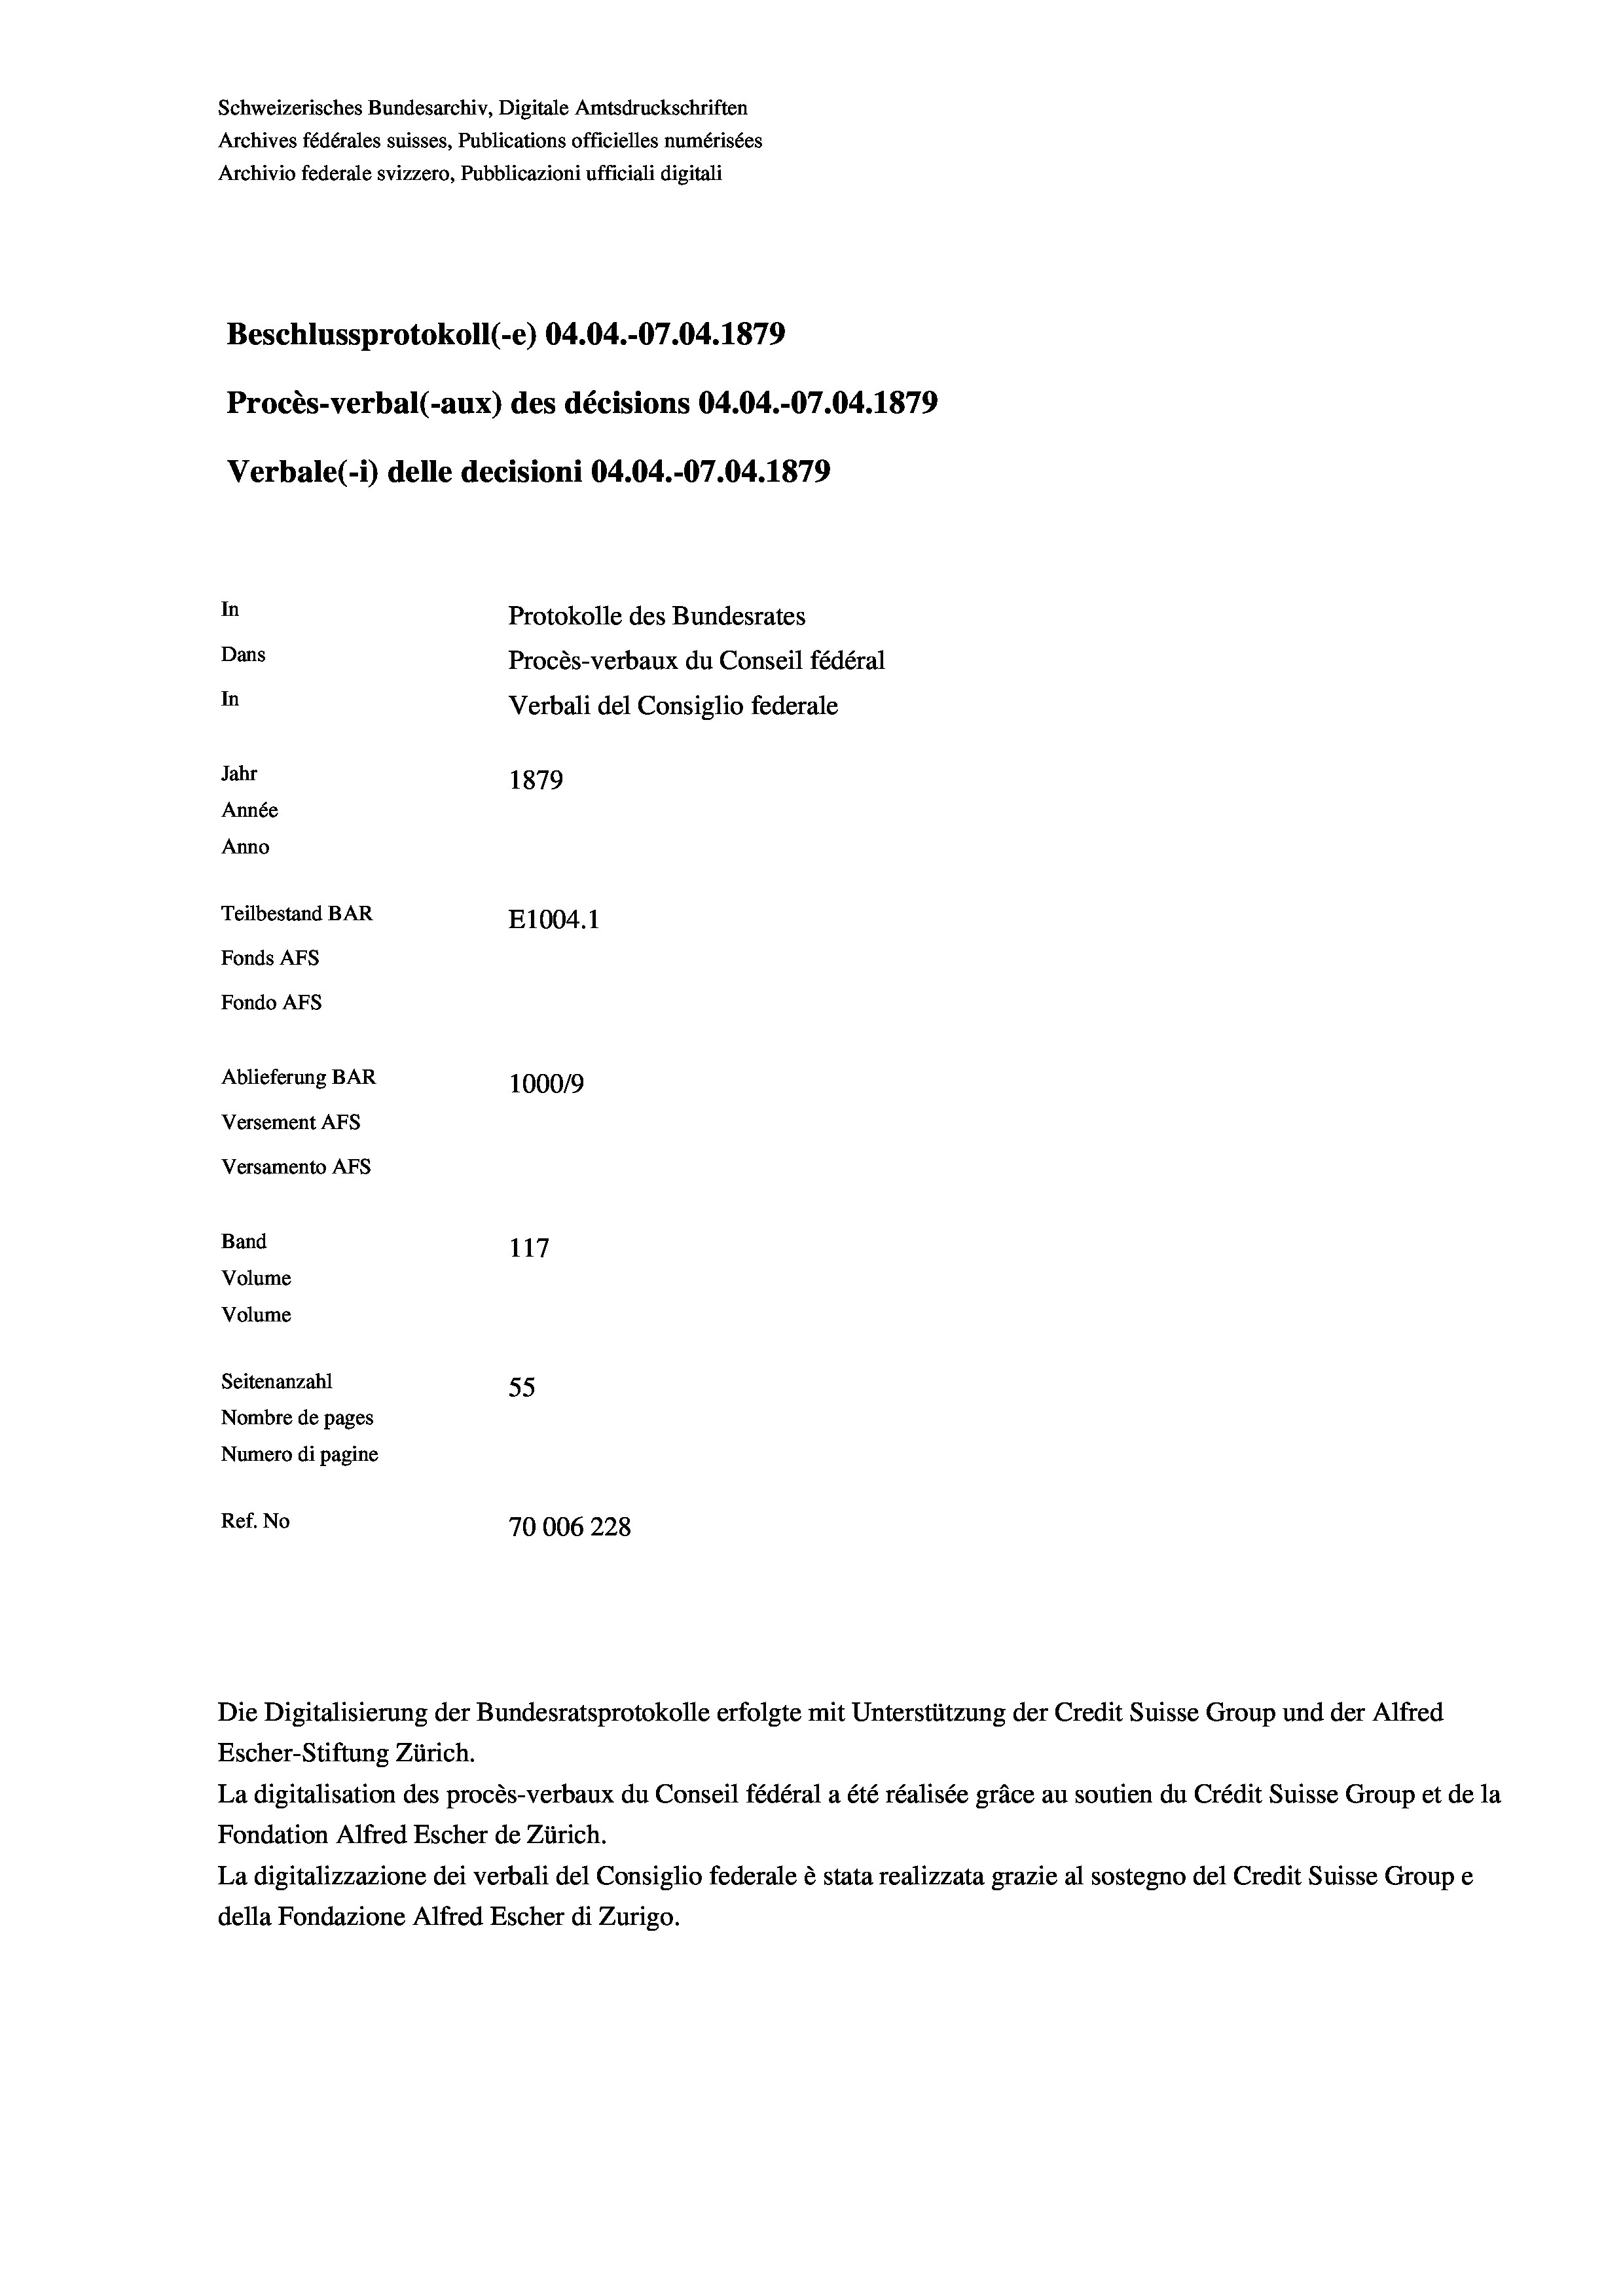
Schweizerisches Bundesarchiv, Digitale Amtsdruckschriften
Archives fédérales suisses, Publications officielles numérisées
Archivio federale svizzero, Pubblicazioni ufficiali digitali
Beschlussprotokoll (-e) 04.04.-07.04. 1879
Procès-verbal (-aux) des décisions 04.04.-07.04. 1879
Verbale(-*) delle decisioni 04.04.-07.04. 1879
In
Protokolle des Bundesrates
Dans
Procès-verbaux du Conseil fédéral
In
Verbali del Consiglio federale
Jahr
1879
Année
Anno
Teilbestand BAR
E1004. 1
Fonds AFs
Fondo AFs
Ablieferung BAR
100019
Versement AFs
Versamento AFs
Band
117
Volume
Volume
Seitenanzahl
55
Nombre de pages
Numero di pagine
Ref. No
70006228

Die Digitalisierung der Bundesratsprotokolle erfolgte mit Unterstützung der Credit Suisse Group und der Alfred
Escher-Stiftung Zürich.
La digitalisation des procès-verbaux du Conseil fédéral a été réalisée gräce au soutien du Crédit Suisse Group et de la
Fondation Alfred Escher de Zürich.
La digitalizzazione dei verbali del Consiglio federale è stata realizzata grazie al sostegno del Credit Suisse Groupe
della Fondazione Alfred Escher di Zurigo.